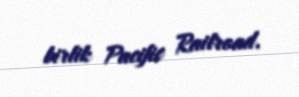
birlik Pacific Railroad.